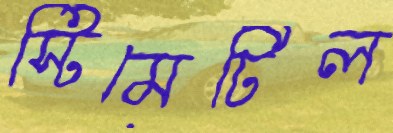
স্টিমেটিল